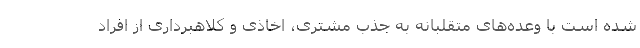
شده است با وعده‌های متقلبانه به جذب مشتری، اخاذی و کلاهبرداری از افراد